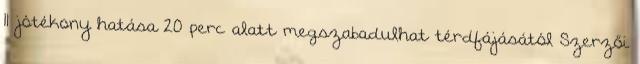
11 jótékony hatása 20 perc alatt megszabadulhat térdfájásától Szerzői